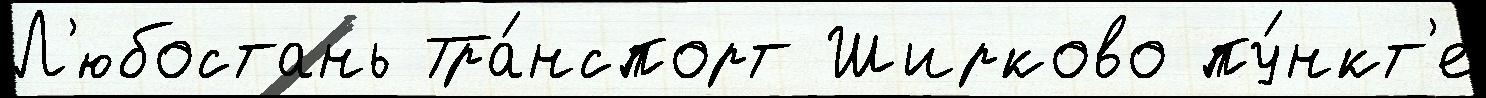
Л'юбостань Тра́нспорт Ширково пу́нкт'е